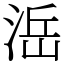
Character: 㴈